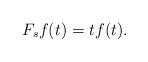
LaTeX: \begin{align*}F_s f(t)= t f(t).\end{align*}